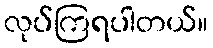
လုပ်ကြရပါတယ်။